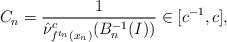
LaTeX: \begin{align*}C_n=\frac{1}{\hat{\nu}^c_{f^{t_n}(x_n)}(B_n^{-1}(I))}\in[c^{-1},c],\end{align*}